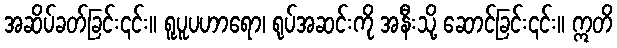
အဆိပ်ခတ်ခြင်း၎င်း။ ရူပူပဟာရော၊ ရုပ်အဆင်းကို အနီးသို့ ဆောင်ခြင်း၎င်း။ ဣတိ